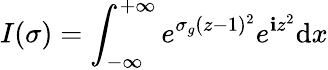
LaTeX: I(\sigma)=\int_{-\infty}^{+\infty}e^{\sigma_{g}(z-1)^{2}}e^{\mathbf{i}z^{2}}\mathrm{{d}}x